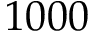
1 0 0 0